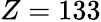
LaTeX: Z=133